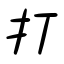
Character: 打